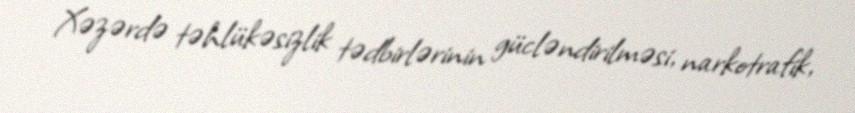
Xəzərdə təhlükəsizlik tədbirlərinin gücləndirilməsi, narkotrafik,